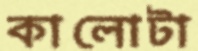
কালোটা